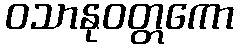
ဝသာနုဝတ္တကော